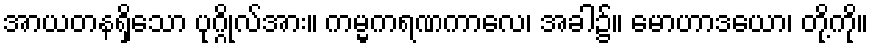
အာယတနရှိသော ပုဂ္ဂိုလ်အား။ ကမ္မကရဏကာလေ၊ အခါ၌။ မောဟာဒယော၊ တို့ကို။